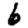
Digit: 6